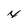
Character: 4